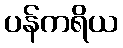
ပန်ကရိယ